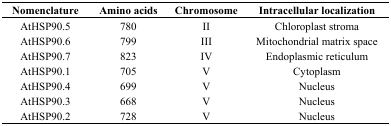
| Nomenclature | Amino acids | Chromosome | Intracellular localization |
 | --- | --- | --- | --- |
 | AtHSP90.5 | 780 | II | Chloroplast stroma |
 | AtHSP90.6 | 799 | III | Mitochondrial matrix space |
 | AtHSP90.7 | 823 | IV | Endoplasmic reticulum |
 | AtHSP90.1 | 705 | V | Cytoplasm |
 | AtHSP90.4 | 699 | V | Nucleus |
 | AtHSP90.3 | 668 | V | Nucleus |
 | AtHSP90.2 | 728 | V | Nucleus |